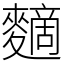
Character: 䵂